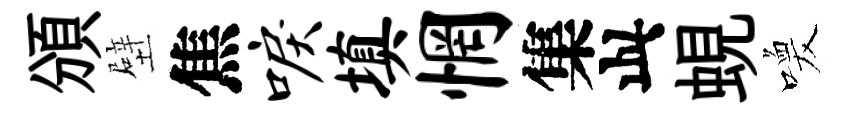
頒壁焦唳填惘集此蜆喚